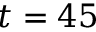
t = 4 5